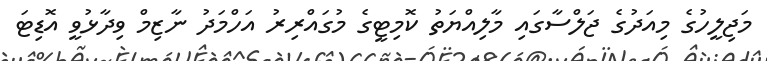
މަޖިލީހުގެ މިއަދުގެ ޖަލްސާގައި މާލިއްޔަތު ކޮމިޓީގެ މުގައްރިރު އަހްމަދު ނާޒިމް ވިދާޅުވީ އޮޑިޓަ